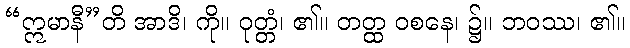
“ဣမာနီ”တိ အာဒိ၊ ကို။ ဝုတ္တံ၊ ၏။ တတ္ထ ဝစနေ၊ ၌။ ဘဝဿ၊ ၏။